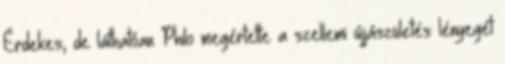
Érdekes, de láthatóan Philo megértette a szellemi újjászületés lényegét